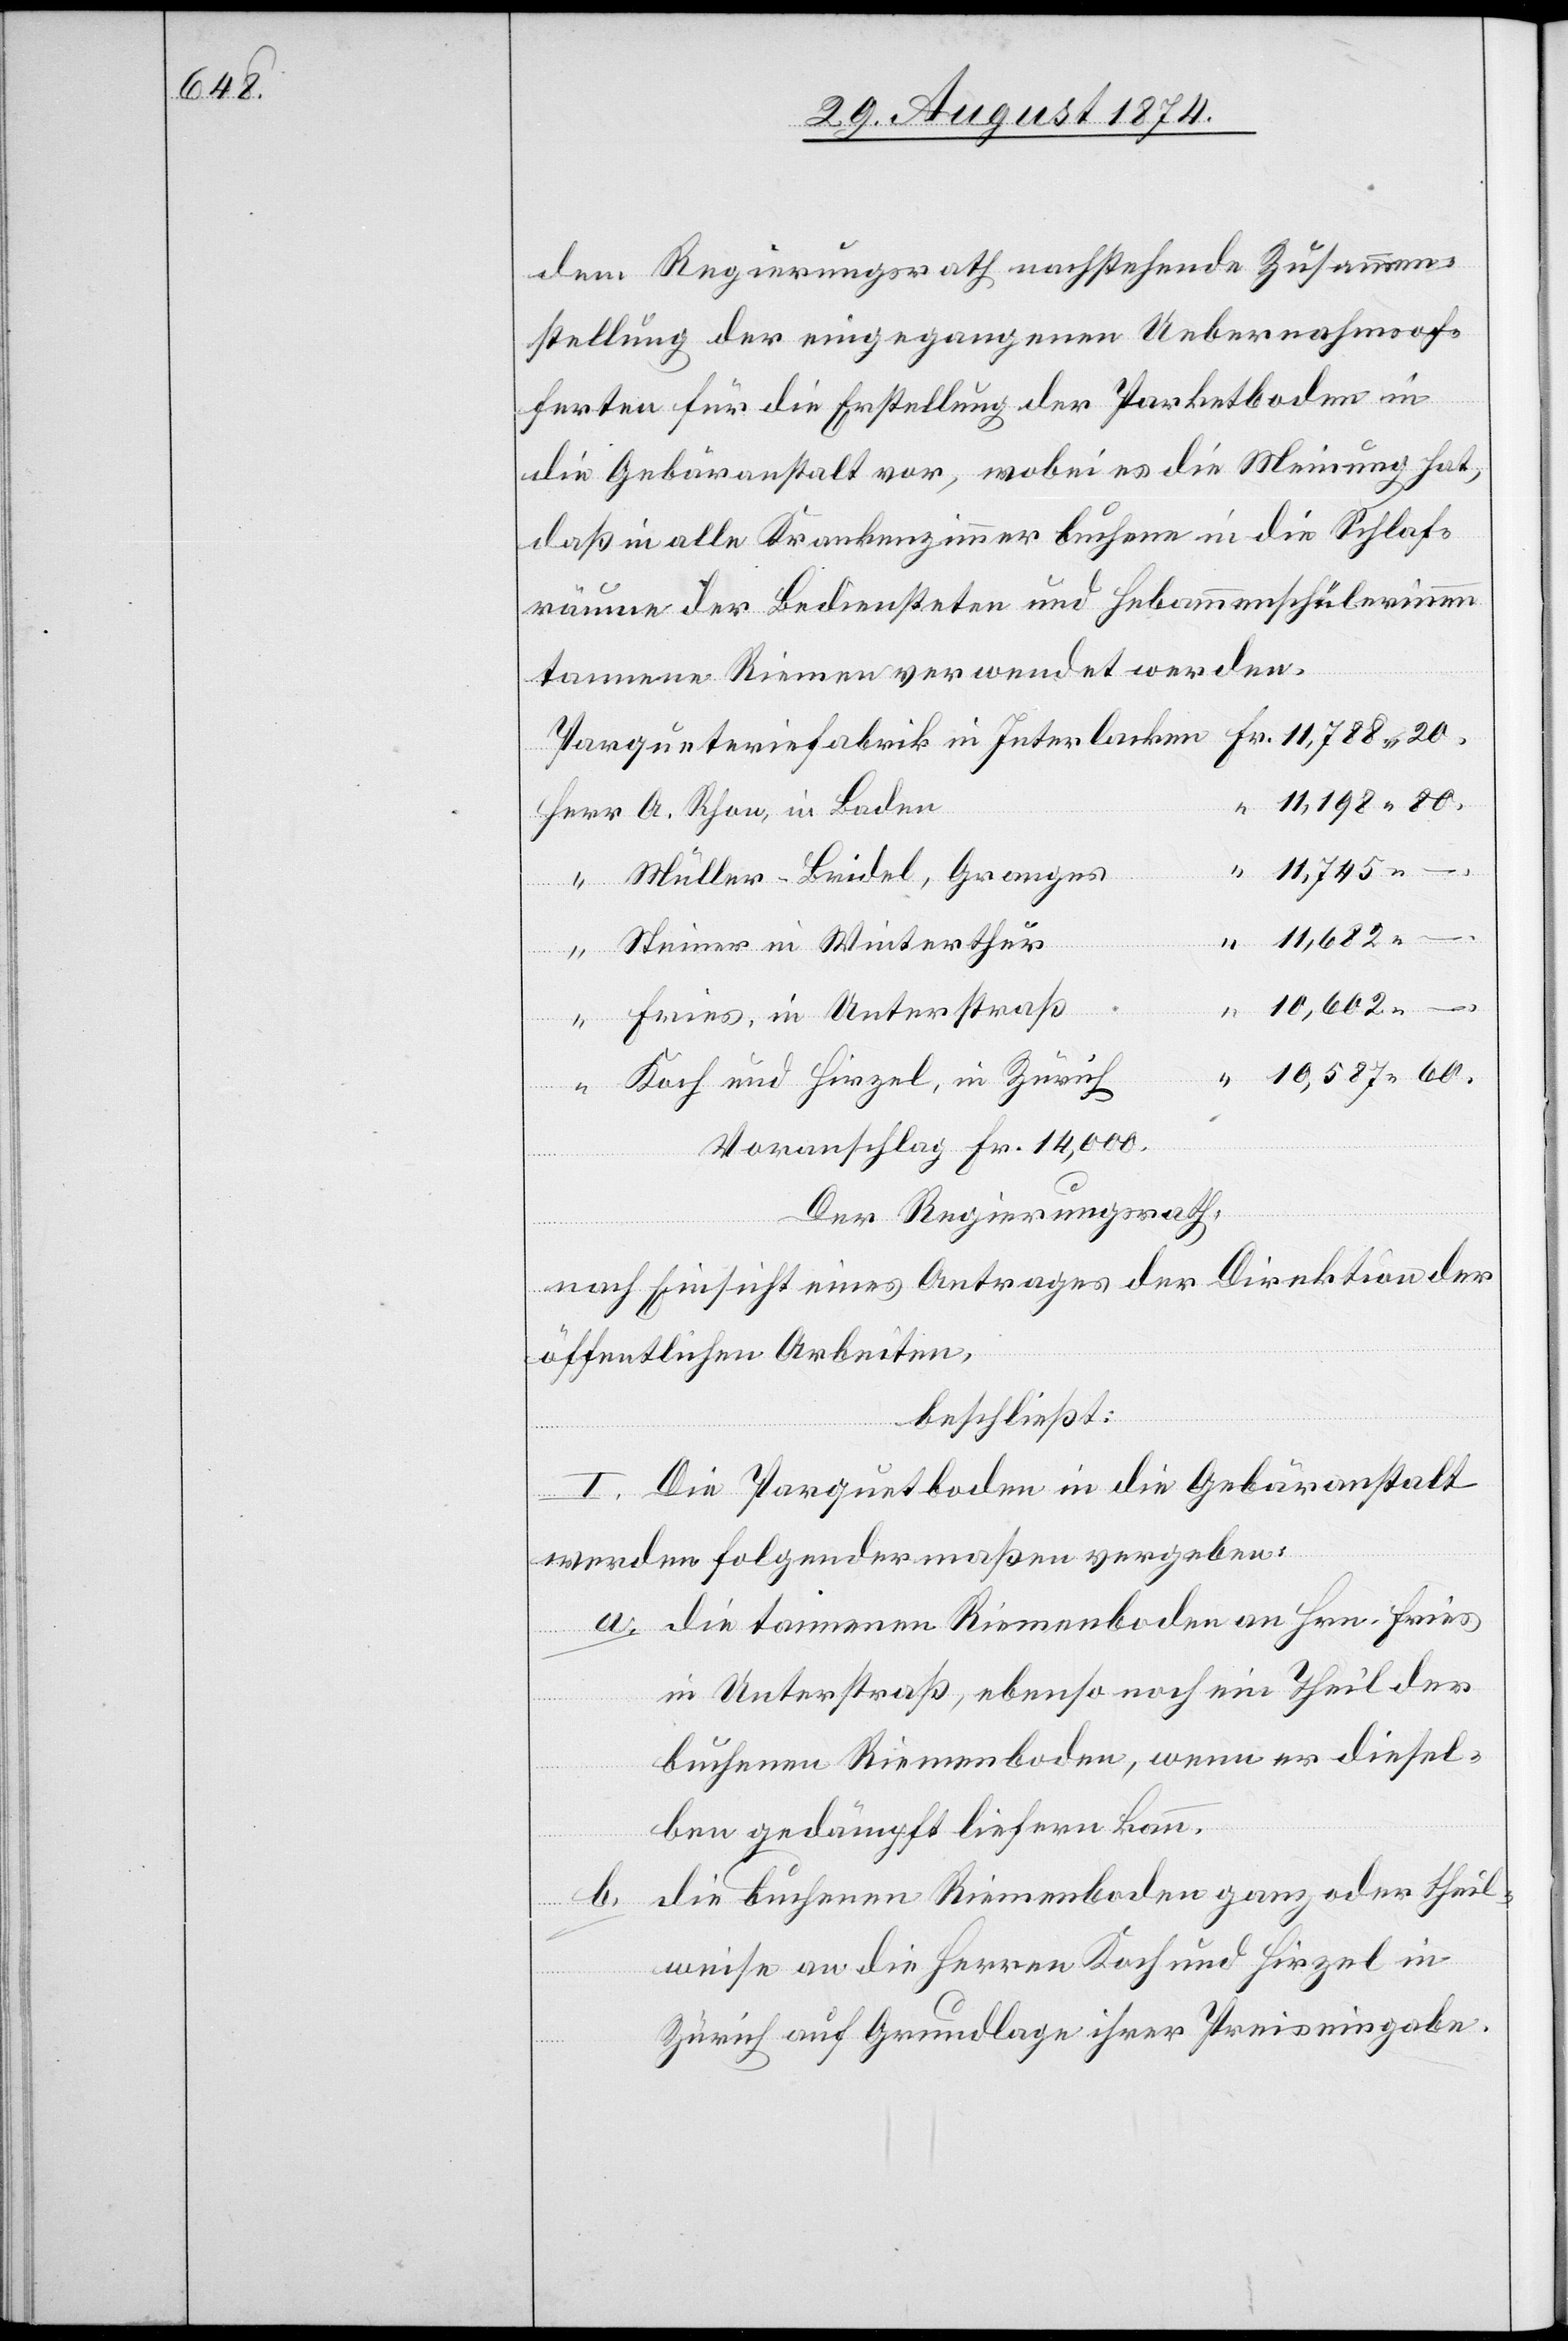
10,587.

dem Regierungsrath nachstehende Zusammen¬
stellung der eingegangenen Uebernahmsof¬
ferten für die Erstellung der Parketboden in
die Gebäranstalt vor, wobei es die Meinung hat,
daß in alle Krankenzimmer buchene[,] in die Schlaf¬
räume der Bediensteten und Hebammenschülerinnen
tannene Riemen verwendet werden.
11,198.
Müller-Bridel, Granges
11,682.
Steiner in Winterthur
10,602.
Fries, in Unterstraß
b.
Koch und Hirzel, in Zürich
Voranschlag Fr. 14,000.
Der Regierungsrath,
in Baden
nach Einsicht eines Antrages der Direktion der
öffentlichen Arbeiten,
beschließt:
I. Die Parquetboden in die Gebäranstalt
werden folgendermaßen vergeben:
a. die tannenen Riemenboden an Hrn. Fries
in Unterstraß, ebenso noch ein Theil der
buchenen Riemenboden, wenn er diesel¬
ben gedämpft liefern kan¬
die buchenen Riemenboden ganz oder theil¬
weise an die Herren Koch und Hirzel in
Zürich auf Grundlage ihrer Preiseingabe.